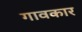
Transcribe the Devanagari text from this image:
गावकार